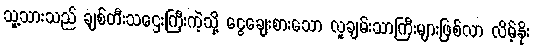
သူ့သားသည် ချစ်တီးသဌေးကြီးကဲ့သို့ ငွေချေးစားသော လူချမ်းသာကြီးများဖြစ်လာ လိမ့်နိုး